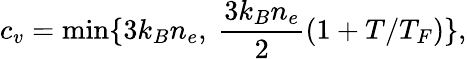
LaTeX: c_{v}=\operatorname*{min}\{ 3k_{B}n_{e},\ \frac{3k_{B}n_{e}}{2}(1+T/T_{F})\} ,